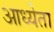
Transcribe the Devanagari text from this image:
आध्येता